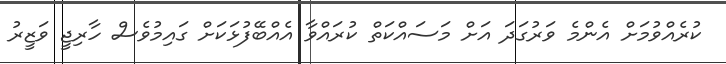
ކުރެއްވުމަށް އެންމެ ވަރުގަދަ އަށް މަސައްކަތް ކުރައްވާ އެއްބޭފުޅަކަށް ގައިމުވެސް ހާރިޖީ ވަޒީރު